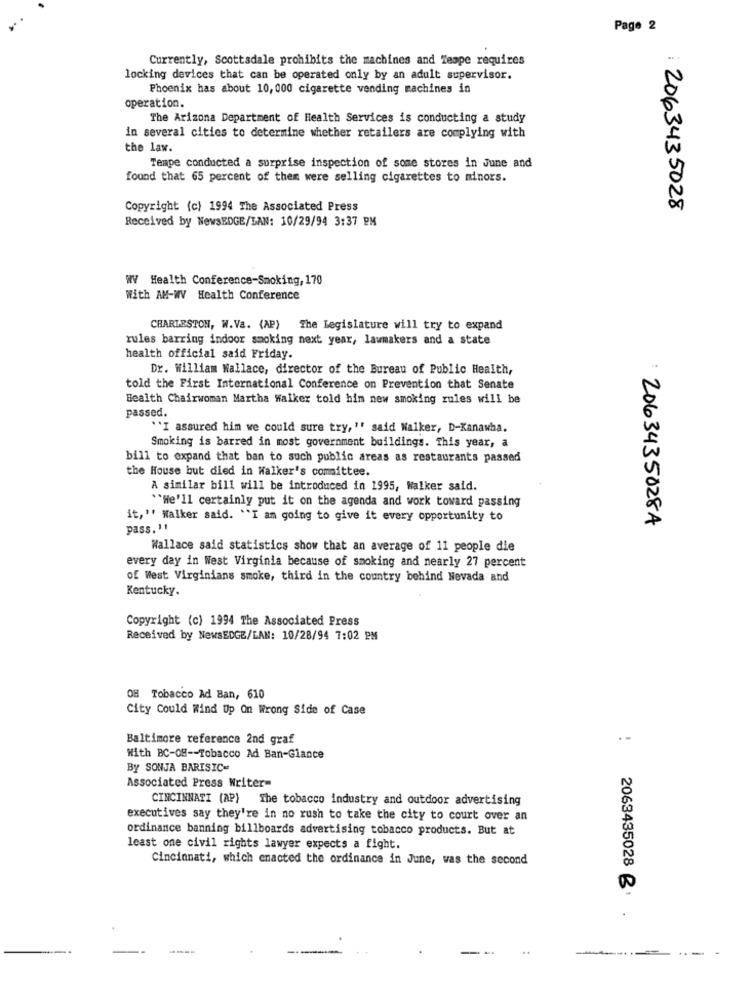
Page 2
Currently, Scottsdale prohibits the machines and Zespe requires
locking devices that can be operated only by an adult supervisor.
Phoenix has about 10, 000 cigarette vending machines in
operation.
The Arizona Department of Health Services is conducting a study
in several cities to determine whether retailers are complying with
the law.
Tempe conducted a surprise inspection of some stores in June and
found that 65 percent of them were selling cigarettes to minors.
Copyright (c) 1994 The Associated Press
2063435028
Received by NewsEDGE/LAN: 10/29/94 3:37 PM
WV Health Conference-Smoking, 170
With AM-WV Health Conference
CHARLESTON, W.Va. (AP) The Legislature will try to expand
rules barring indoor smoking next year, lawmakers and a state
health official said Friday.
Dr. William Wallace, director of the Bureau of Public Health,
told the First International Conference on Prevention that Senate
Health Chairwoman Martha Walker told him new smoking rules will be
passed.
"I assured him we could sure try, " said Walker, D-Kanawha.
Smoking is barred in most government buildings. This year, a
bill to expand that ban to such public areas as restaurants passed
the House but died in Walker's committee.
A similar bill will be introduced in 1995, Walker said.
""We'll certainly put it on the agenda and work toward passing
it, " Walker said. "I am going to give it every opportunity to
: 2063435028A
pass. "!
Wallace said statistics show that an average of 11 people die
every day in West Virginia because of smoking and nearly 27 percent
of West Virginians smoke, third in the country behind Nevada and
Kentucky.
Copyright (c) 1994 The Associated Press
Received by NewsEDGE/LAN: 10/28/94 7:02 PM
OH Tobacco Ad Ban, 610
City Could Wind Up On Wrong Side of Case
Baltimore reference 2nd graf
With BC-OH -- Tobacco Ad Ban-Glance
By SONJA BARISIC-
Associated Press Writer=
CINCINNATI (AP) The tobacco industry and outdoor advertising
executives say they're in no rush to take the city to court over an
ordinance banning billboards advertising tobacco products. But at
least one civil rights lawyer expects a fight.
Cincinnati, which enacted the ordinance in June, was the second
2063435028 B'